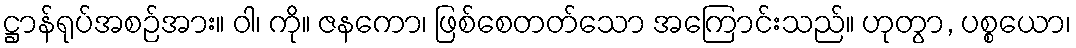
ဋ္ဌာန်ရုပ်အစဉ်အား။ ဝါ၊ ကို။ ဇနကော၊ ဖြစ်စေတတ်သော အကြောင်းသည်။ ဟုတွာ, ပစ္စယော၊